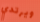
ويرتدي